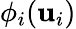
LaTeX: \phi_{i}(\mathbf{u}_{i})